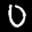
Label: 0